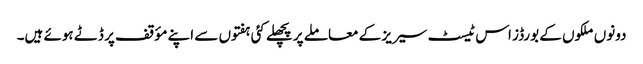
دونوں ملکوں کے بورڈز اس ٹیسٹ سیریز کے معاملے پر پچھلے کئی ہفتوں سے اپنے مؤقف پر ڈٹے ہوئے ہیں۔